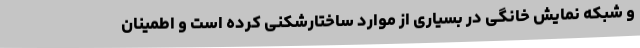
و شبکه نمایش خانگی در بسیاری از موارد ساختارشکنی کرده است و اطمینان